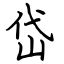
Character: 岱